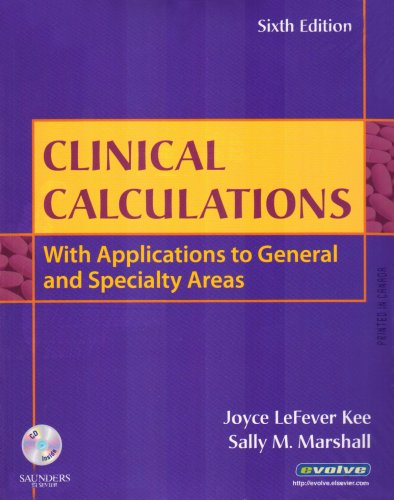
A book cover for Clinical Calculations: With Applications to General and Specialty Areas, 6e; Joyce LeFever Kee; Medical Books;